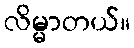
လိမ္မာတယ်။